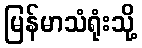
မြန်မာသံရုံးသို့